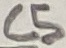
Text: C5